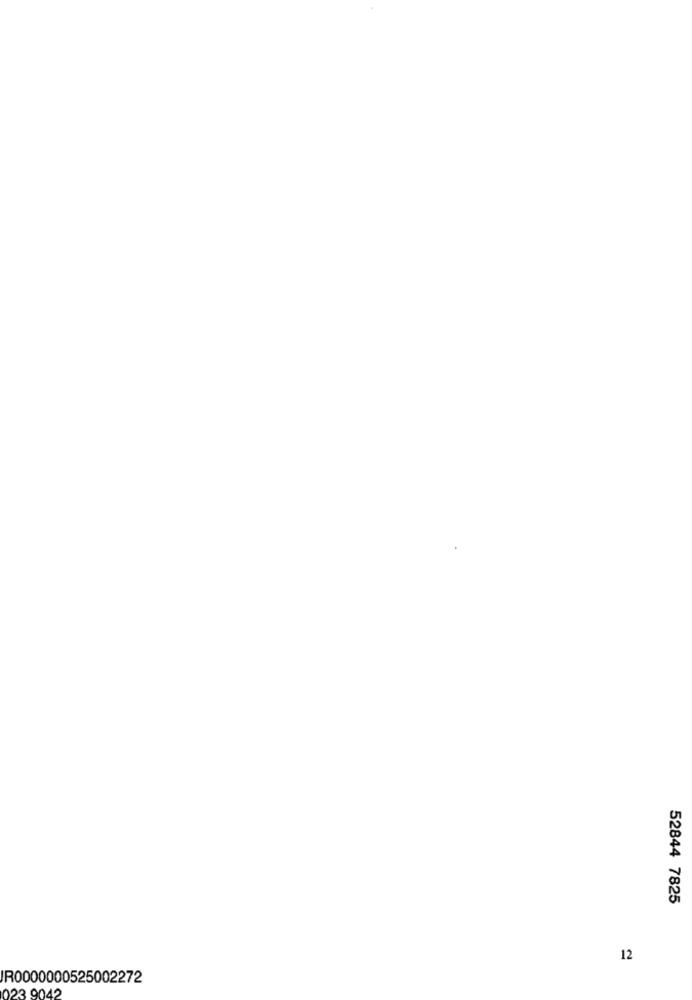
52844 7825
12
IR0000000525002272
023 9042